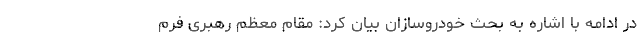
در ادامه با اشاره به بحث خودروسازان بیان کرد: مقام معظم رهبری فرم